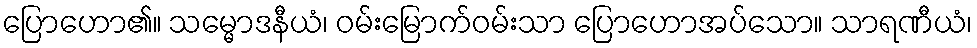
ပြောဟော၏။ သမ္မောဒနီယံ၊ ဝမ်းမြောက်ဝမ်းသာ ပြောဟောအပ်သော။ သာရဏီယံ၊